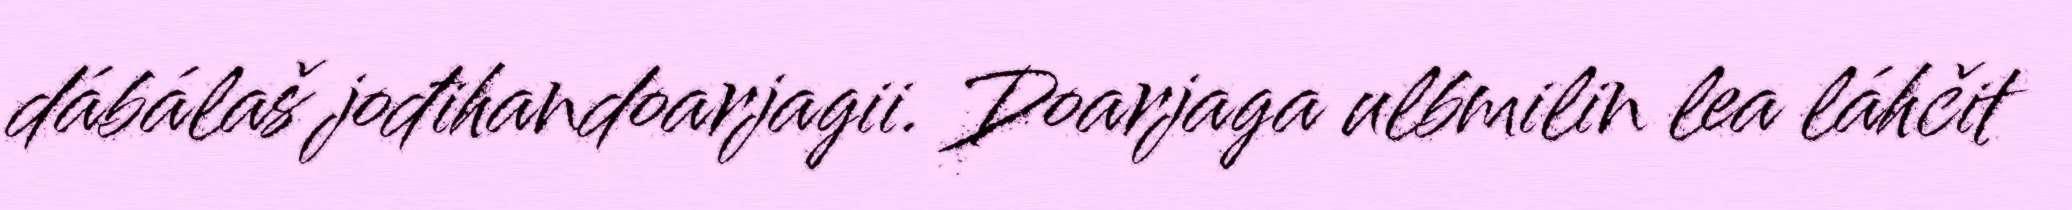
dábálaš jođihandoarjagii. Doarjaga ulbmilin lea láhčit